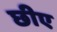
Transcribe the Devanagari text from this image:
छीए